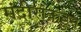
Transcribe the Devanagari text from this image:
मंदीराकडुन